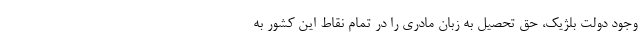
وجود دولت بلژیک، حق تحصیل به زبان مادری را در تمام نقاط این کشور به